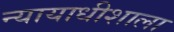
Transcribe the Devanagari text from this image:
न्यायाधीशाला